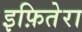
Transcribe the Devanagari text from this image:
इफ़ितेरा